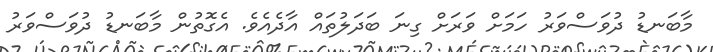
މާބަނޑު ދުވަސްވަރު ހަމަށް ވަރަށް ގިނަ ބަދަލުތައް އާދެއެވެ. އެގޮތުން މާބަނޑު ދުވަސްވަރު